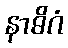
နာဓိဂံ